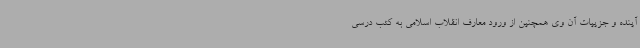
آینده و جزییات آن وی همچنین از ورود معارف انقلاب اسلامی به کتب درسی